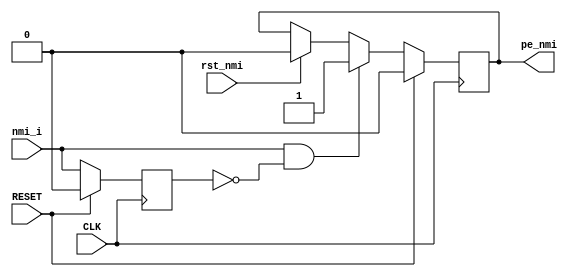
// ============================================================================
//  2009,2010  Robert Finch
//  rplaskitti[remove]@birdcomputer.ca
//  Stratford
//
//  
//  Detect an edge on nmi.
//
//
//  This source code is available for evaluation and validation purposes
//  only. This copyright statement and disclaimer must remain present in
//  the file.
//
//	NO WARRANTY.
//  THIS Work, IS PROVIDEDED "AS IS" WITH NO WARRANTIES OF ANY KIND, WHETHER
//  EXPRESS OR IMPLIED. The user must assume the entire risk of using the
//  Work.
//
//  IN NO EVENT SHALL THE AUTHOR OR CONTRIBUTORS BE LIABLE FOR ANY
//  INCIDENTAL, CONSEQUENTIAL, OR PUNITIVE DAMAGES WHATSOEVER RELATING TO
//  THE USE OF THIS WORK, OR YOUR RELATIONSHIP WITH THE AUTHOR.
//
//  IN ADDITION, IN NO EVENT DOES THE AUTHOR AUTHORIZE YOU TO USE THE WORK
//  IN APPLICATIONS OR SYSTEMS WHERE THE WORK'S FAILURE TO PERFORM CAN
//  REASONABLY BE EXPECTED TO RESULT IN A SIGNIFICANT PHYSICAL INJURY, OR IN
//  LOSS OF LIFE. ANY SUCH USE BY YOU IS ENTIRELY AT YOUR OWN RISK, AND YOU
//  AGREE TO HOLD THE AUTHOR AND CONTRIBUTORS HARMLESS FROM ANY CLAIMS OR
//  LOSSES RELATING TO SUCH UNAUTHORIZED USE.
//
//
//  Verilog 
//
// ============================================================================
//
module nmi_detector(RESET, CLK, nmi_i, rst_nmi, pe_nmi);
input RESET;
input CLK;
input nmi_i;
input rst_nmi;				// reset the nmi flag
output pe_nmi;
reg pe_nmi;

reg prev_nmi;				// records previous nmi state

always @(posedge CLK)
    if (RESET) begin
        prev_nmi <= 1'b0;
        pe_nmi <= 1'b0;
    end
    else begin
        prev_nmi <= nmi_i;
        if (nmi_i & !prev_nmi)
            pe_nmi <= 1'b1;
        else if (rst_nmi)
            pe_nmi <= 1'b0;
    end

endmodule